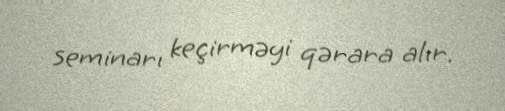
seminarı keçirməyi qərara alır.